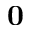
\mathbf { 0 }